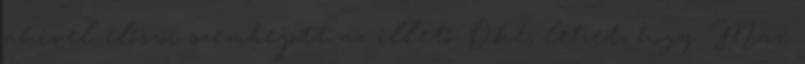
akivel először szembejött az illető. Oké, lehet, hogy Max